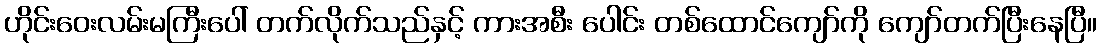
ဟိုင်းဝေးလမ်းမကြီးပေါ် တက်လိုက်သည်နှင့် ကားအစီး ပေါင်း တစ်ထောင်ကျော်ကို ကျော်တက်ပြီးနေပြီ။